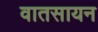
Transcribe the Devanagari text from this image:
वातसायन